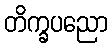
တိက္ခပညော